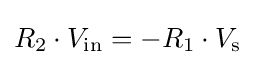
R_{2}\cdot V_{\text{in}}=-R_{1}\cdot V_{\text{s}}